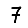
Digit: 7